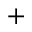
+